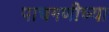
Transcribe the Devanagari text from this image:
पाचगणीच्या